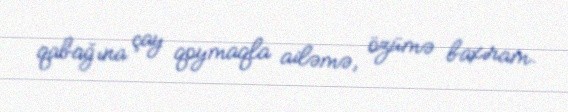
qabağına çay qoymaqla ailəmə, özümə baxıram.